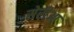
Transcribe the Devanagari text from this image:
सेरीआ